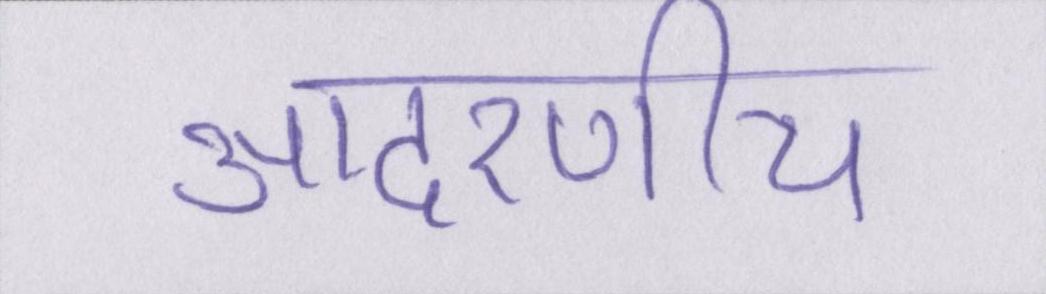
आदरणीय